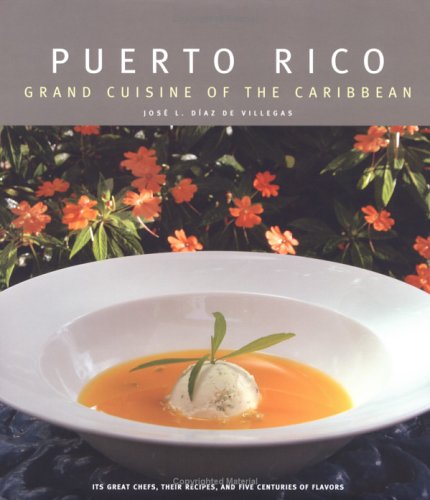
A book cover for Puerto Rico: Grand Cuisine of the Caribbean; Jose Luis Diaz de Villegas; Cookbooks, Food & Wine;